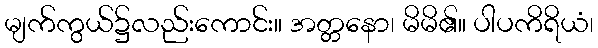
မျက်ကွယ်၌လည်းကောင်း။ အတ္တနော၊ မိမိ၏။ ပါပကိရိယံ၊